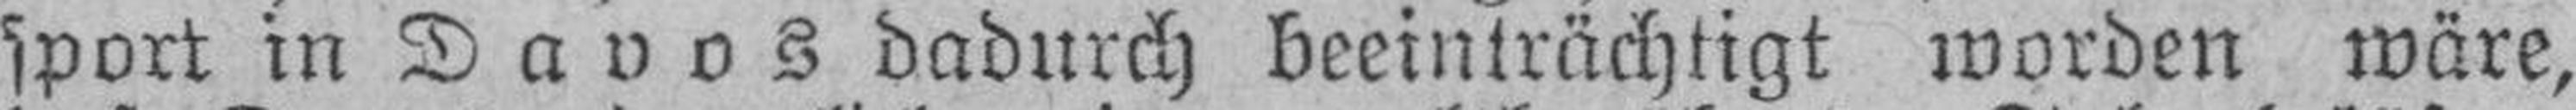
sport in Davos dadurch beeinträchtigt worden wäre,